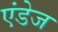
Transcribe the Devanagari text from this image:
एंडेज